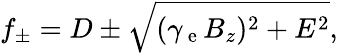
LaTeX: f_{\pm}=D\pm\sqrt{(\gamma_{\mathrm{~e~}}B_{z})^{2}+E^{2}},